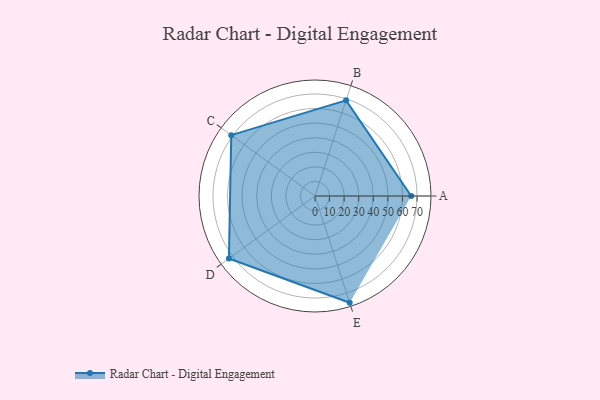
{"axis": {"x": "Skill", "y": "Score"}, "legend": ["Profile"], "data": [{"x": "A", "y": 66.0, "type": "Profile"}, {"x": "B", "y": 69.0, "type": "Profile"}, {"x": "C", "y": 71.0, "type": "Profile"}, {"x": "D", "y": 73.0, "type": "Profile"}, {"x": "E", "y": 77.0, "type": "Profile"}]}